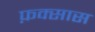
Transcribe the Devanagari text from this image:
फ़क्सास